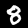
Digit: 8